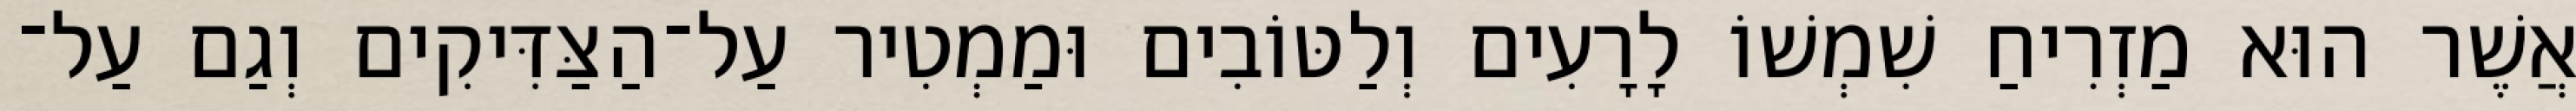
אֲשֶׁר הוּא מַזְרִיחַ שִׁמְשׁוֹ לָרָעִים וְלַטּוֹבִים וּמַמְטִיר עַל־הַצַּדִּיקִים וְגַם עַל־